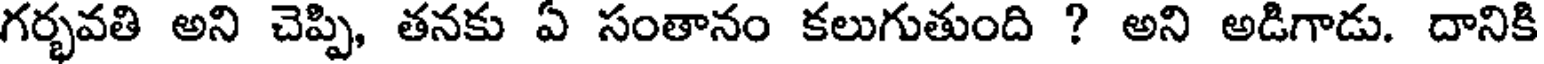
గర్భవతి అని చెప్పి, తనకు ఏ సంతానం కలుగుతుంది ? అని అడిగాడు. దానికి